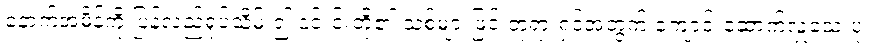
နောက်အမိန့်ကို ပြန်လည်ရုပ်သိမ်း၍ ၎င်းင်းတို့၏ သစ်များဖြင့် ဘုရားရှင်အတွက် ကျောင်းဆောက်လှူသေးပုံ၊